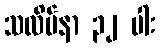
သလိပ်နာ ၃၂ ပါး